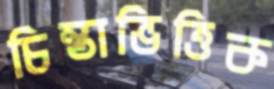
চিন্তাভিত্তিক